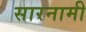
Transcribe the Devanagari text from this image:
सारनामी